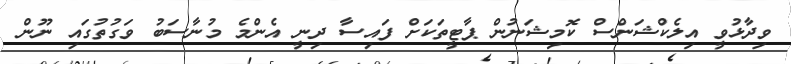
ވިދާޅުވީ އިލެކްޝަންސް ކޮމިޝަނުން ޕާޓީތަކަށް ފައިސާ ދިނީ އެންމެ މުނާސަބު ވަގުތުގައި ނޫން